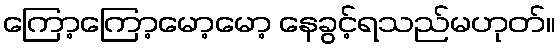
ကြော့ကြော့မော့မော့ နေခွင့်ရသည်မဟုတ်။